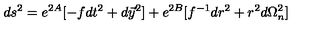
d s ^ { 2 } = e ^ { 2 A } [ - f d t ^ { 2 } + d \vec { y } ^ { 2 } ] + e ^ { 2 B } [ f ^ { - 1 } d r ^ { 2 } + r ^ { 2 } d \Omega _ { n } ^ { 2 } ]